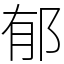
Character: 郁